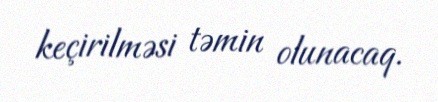
keçirilməsi təmin olunacaq.